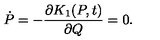
\dot { P } = - \frac { \partial K _ { 1 } ( P , t ) } { \partial Q } = 0 .